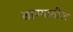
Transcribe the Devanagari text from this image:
खाण्यातील